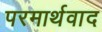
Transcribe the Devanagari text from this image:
परमार्थवाद